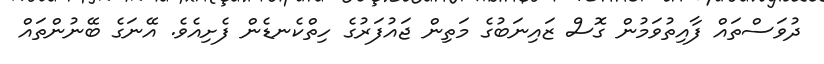
ދުވަސްތައް ފާއިތުވަމުން ގޮސް ޒައިނަބުގެ މަތިން ޖައުފަރުގެ ހިތްކެނޑެން ފެށިއެވެ. އޭނަގެ ބޭނުންތައް